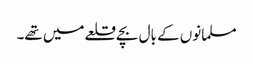
مسلمانوں کے بال بچے قلعے میں تھے۔